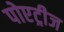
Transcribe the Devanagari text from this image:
पोएट्रीज